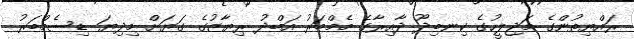
ރައްޔިތުންގެ މަޖިލީހުގެ ކިނބިދޫ ދާއިރާގެ މެމްބަރު އަބްދު ރިޔާޒުގެ ގަޔަށް މިދިޔަ ޑިސެމްބަރު